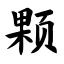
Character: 颗